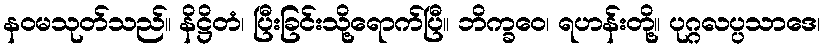
နဝမသုတ်သည်။ နိဋ္ဌိတံ၊ ပြီးခြင်းသို့ရောက်ပြီ။ ဘိက္ခဝေ၊ ရဟန်းတို့။ ပုဂ္ဂလပ္ပသာဒေ၊